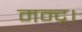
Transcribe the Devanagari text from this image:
मन्द्र।